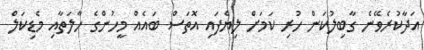
އަދާކުރެވޭނެ ގާބިލުކަން ހުރި ކަމަށް ލިޔެފައި އޮތަސް ބައެއް މީހުންގެ ހާލަތާއި މެޑިކަލް